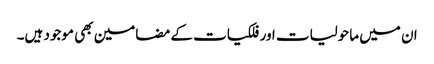
ان میں ماحولیات اور فلکیات کے مضامین بھی موجود ہیں۔